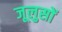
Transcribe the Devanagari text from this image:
जूलुसों